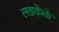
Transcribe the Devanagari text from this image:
लडकेके